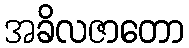
အခိလဇာတော